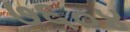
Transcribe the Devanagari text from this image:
७६०४